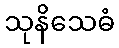
သုနိသေဓံ